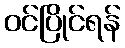
ဝင်ပြိုင်ရန်